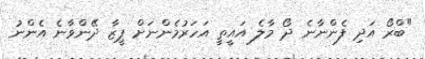
"ބްރޯ އަދި ފެންނާނެ ދޯ މާލެ އައީތީ އަހަރުމެންނަށް ޕީޒާ ދޭންވާނެ އެންނު